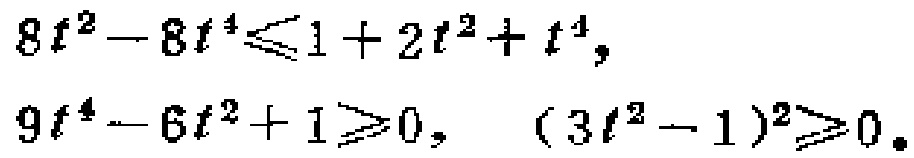
\[
\begin{align*}
8t^{2}-8t^{4}&\leqslant1 + 2t^{2}+t^{4},\\
9t^{4}-6t^{2}+1&\geqslant0,\\
(3t^{2}-1)^{2}&\geqslant0.
\end{align*}
\]